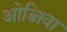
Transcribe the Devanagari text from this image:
ओब्जिवा